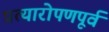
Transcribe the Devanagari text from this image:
प्रत्यारोपणपूर्व